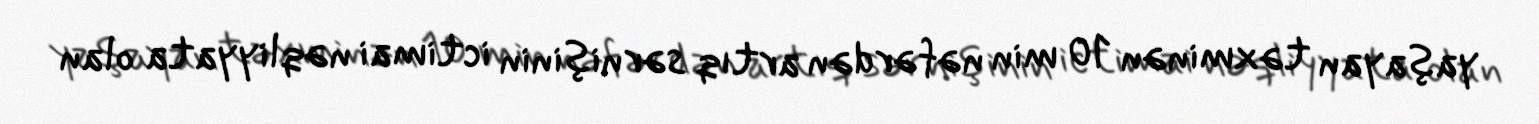
yaşayan təxminən 10 min nəfərdən artıq sərnişinin ictimai nəqliyyata olan